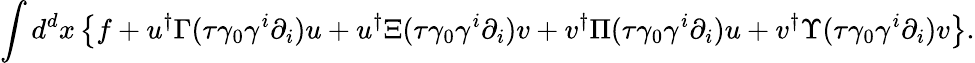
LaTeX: \int d^{d}x\left\{ f+u^{\dagger}\Gamma(\tau\gamma_{0}\gamma^{i}\partial_{i})u+u^{\dagger}\Xi(\tau\gamma_{0}\gamma^{i}\partial_{i}){v}+{v}^{\dagger}\Pi(\tau\gamma_{0}\gamma^{i}\partial_{i})u+{v}^{\dagger}\Upsilon(\tau\gamma_{0}\gamma^{i}\partial_{i}){v}\right\} .